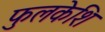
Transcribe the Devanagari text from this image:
फुलकेशि